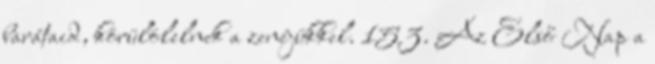
barátaid, körülölelnek a zenéjükkel. 153. Az Első Nap a